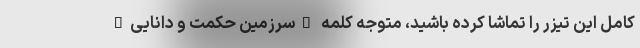
کامل این تیزر را تماشا کرده باشید، متوجه کلمه "سرزمین حکمت و دانایی"